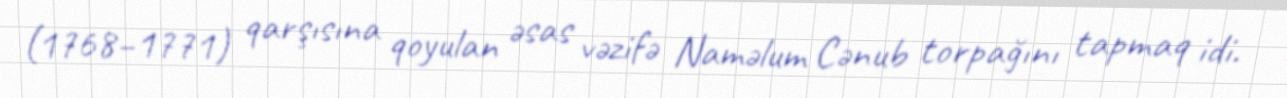
(1768–1771) qarşısına qoyulan əsas vəzifə Naməlum Cənub torpağını tapmaq idi.